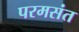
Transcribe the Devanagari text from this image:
परमसंत